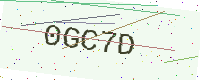
Text: 0GC7D